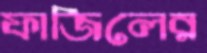
ফাজিলের